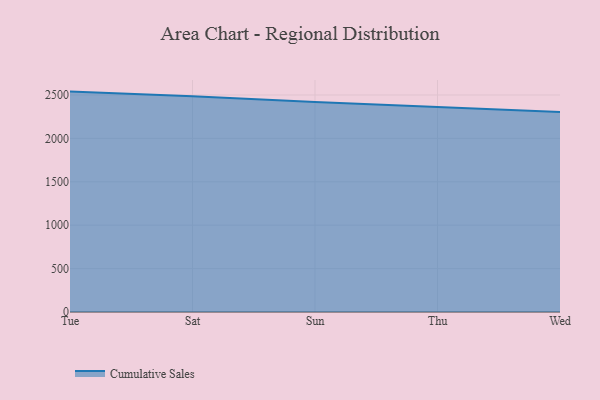
{"axis": {"x": "Day", "y": "Energy Usage (MWh)"}, "legend": ["Cumulative Sales"], "data": [{"x": "Tue", "y": 2539.2, "type": "Cumulative Sales"}, {"x": "Sat", "y": 2485.3, "type": "Cumulative Sales"}, {"x": "Sun", "y": 2419.0, "type": "Cumulative Sales"}, {"x": "Thu", "y": 2365.5, "type": "Cumulative Sales"}, {"x": "Wed", "y": 2303.9, "type": "Cumulative Sales"}]}